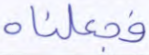
فجعلناه